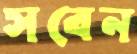
সবেন